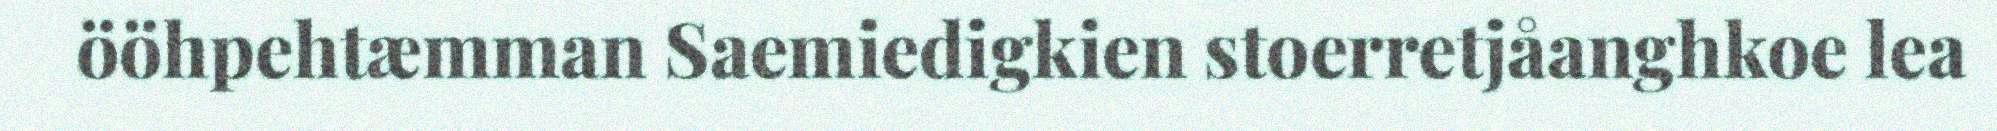
ööhpehtæmman Saemiedigkien stoerretjåanghkoe lea